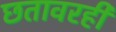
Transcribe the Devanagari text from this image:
छतावरही